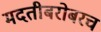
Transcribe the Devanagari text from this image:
मदतीबरोबरच